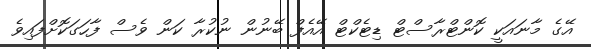
އޭގެ މާނައަކީ ކޮންޓްރާސްޓް ޑިޓެކްޓް އޭއެފް ބޭނުން ނުކުރާ ކަން ވެސް ފާހަގަކޮށްފައިވެ